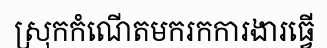
ស្រុកកំណើតមករកការងារធ្វើ